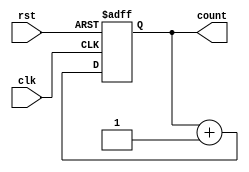
module binary_counter (
    input wire clk,      // Clock input
    input wire rst,      // Asynchronous reset
    output reg [3:0] count // 4-bit output representing the current count
);

// Always block triggered on the rising edge of the clock or when reset is asserted
always @(posedge clk or posedge rst) begin
    if (rst) begin
        count <= 4'b0000; // Reset the counter to 0
    end else begin
        count <= count + 1; // Increment the counter
    end
end

endmodule